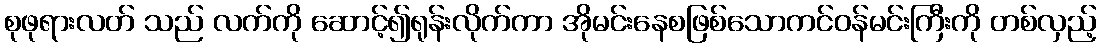
စုဖုရားလတ် သည် လက်ကို ဆောင့်၍ရုန်းလိုက်ကာ အိုမင်းနေစဖြစ်သောကင်ဝန်မင်းကြီးကို တစ်လှည့်